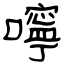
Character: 嚀